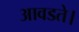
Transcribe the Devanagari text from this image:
आवडते।